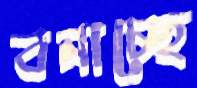
বনাচ্ছে